Indian journal of veterinary science and animal husbandry - Volume 10,
Year: 1940
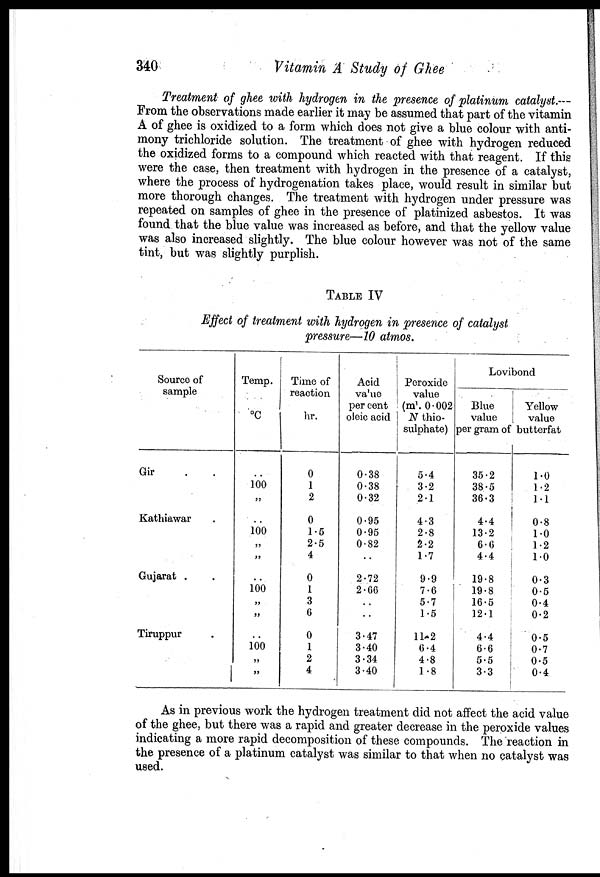
340
Vitamin A Study of Ghee
Treatment of ghee with hydrogen in the presence of platinum catalyst.—
From the observations made earlier it may be assumed that part of the vitamin
A of ghee is oxidized to a form which does not give a blue colour with anti-
mony trichloride solution. The treatment of ghee with hydrogen reduced
the oxidized forms to a compound which reacted with that reagent. If this
were the case, then treatment with hydrogen in the presence of a catalyst,
where the process of hydrogenation takes place, would result in similar but
more thorough changes. The treatment with hydrogen under pressure was
repeated on samples of ghee in the presence of platinized asbestos. It was
found that the blue value was increased as before, and that the yellow value
was also increased slightly. The blue colour however was not of the same
tint, but was slightly purplish.
TABLE IV
Effect of treatment with hydrogen in presence of catalyst
pressure—10 atmos.
Source of
sample
Gir . .
Kathiawar .
Gujarat . .
Tiruppur .
Temp.
°C
..
100
„
..
100
„
„
..
100
„
„
..
100
„
„
Time of
reaction
hr.
0
1
2
0
1.5
2.5
4
0
1
3
6
0
1
2
4
Acid
value
per cent
oleic acid
0.38
0.38
0.32
0.95
0.95
0.82
..
2.72
2.66
..
..
3.47
3.40
3.34
3.40
Peroxide
value
(ml. 0.002
N thio-
sulphate)
5.4
3.2
2.1
4.3
2.8
2.2
1.7
9.9
7.6
5.7
1.5
11.2
6.4
4.8
1.8
Lovibond
Blue
value
per gram of
35.2
38.5
36.3
4.4
13.2
6.6
4.4
19.8
19.8
16.5
12.1
4.4
6.6
5.5
3.3
Yellow
value
butterfat
1.0
1.2
1.1
0.8
1.0
1.2
1.0
0.3
0.5
0.4
0.2
0.5
0.7
0.5
0.4
As in previous work the hydrogen treatment did not affect the acid value
of the ghee, but there was a rapid and greater decrease in the peroxide values
indicating a more rapid decomposition of these compounds. The reaction in
the presence of a platinum catalyst was similar to that when no catalyst was
used.